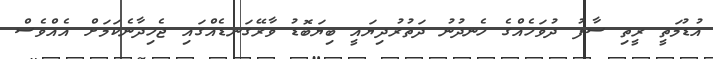
އުޑުމަތީ ރީތި ސާފު ދުވަހެއްގެ ހެނދުނު ދަތުރުދިޔައީ ބިޔަބޮޑު ވާރޭގަނޑެއްގައި ޖެހިދާނެކަމަށް އެއްވެސް